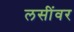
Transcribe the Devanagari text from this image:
लसींवर